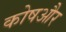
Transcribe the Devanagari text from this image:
कोषऔर